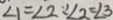
\angle 1 = \angle 2 \because \angle 2 = \angle 3